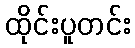
ထိုင်းပူတင်း